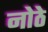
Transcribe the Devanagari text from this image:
नोठे